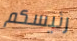
رئيسكم